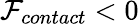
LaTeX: \mathcal{F}_{contact}<0